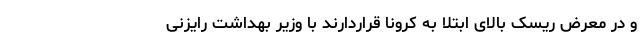
و در معرض ریسک بالای ابتلا به کرونا قراردارند با وزیر بهداشت رایزنی